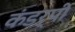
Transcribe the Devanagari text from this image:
कंडर्पी